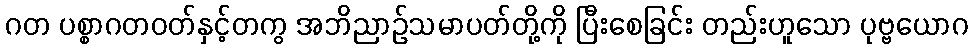
ဂတ ပစ္စာဂတဝတ်နှင့်တကွ အဘိညာဉ်သမာပတ်တို့ကို ပြီးစေခြင်း တည်းဟူသော ပုဗ္ဗယောဂ